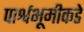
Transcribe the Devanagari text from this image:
पार्श्वभूमीकडे